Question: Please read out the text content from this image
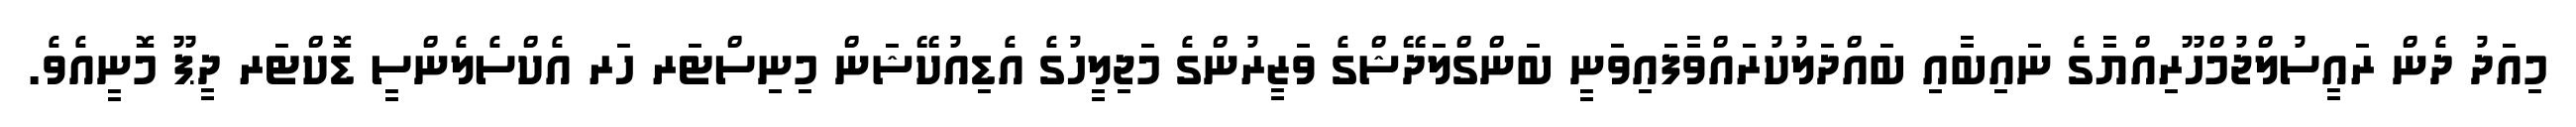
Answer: މިއަދު ދެން ރައީސުލްޖުމްހޫރިއްޔާގެ ނައިބާއި ބައްދަލުކުރައްވާފައިވަނީ ބަންގްލަދޭޝްގެ ވަޒީރުންގެ މަޖިލީހުގެ އެޑިއުކޭޝަން މިނިސްޓަރ ހަރ އެކްސެލެންސީ ޑޮކްޓަރ ދީޕޫ މޮނީއެވެ.